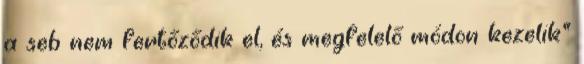
a seb nem fertőződik el, és megfelelő módon kezelik"